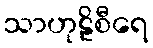
သာဟုဠိစီရေ